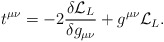
\begin{align*}t^{\mu\nu} = -2{\delta{\cal L}_L\over\delta g_{\mu\nu}} + g^{\mu\nu} {\cal L}_L.\end{align*}